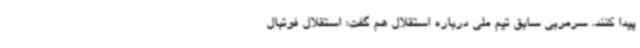
پیدا کنند. سرمربی سابق تیم ملی درباره استقلال هم گفت: استقلال فوتبال